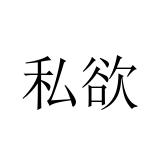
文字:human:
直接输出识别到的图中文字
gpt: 私欲